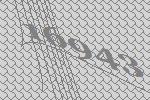
16943